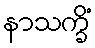
နာသက္ခိံ